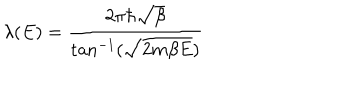
LaTeX: \lambda ( E ) = \frac { 2 \pi \hbar \sqrt { \beta } } { \tan ^ { - 1 } ( \sqrt { 2 m \beta E } ) }